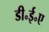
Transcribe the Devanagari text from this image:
डी॰ई॰ए